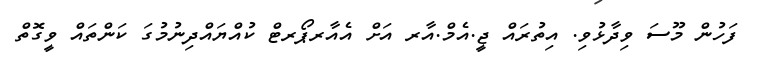
ފަހުން މޫސަ ވިދާޅުވި. އިތުރައް ޖީ.އެމް.އާރ އަށް އެއާރޕޯރޓް ކުއްޔައްދިނުމުގަ ކަންތައް ވީގޮތް